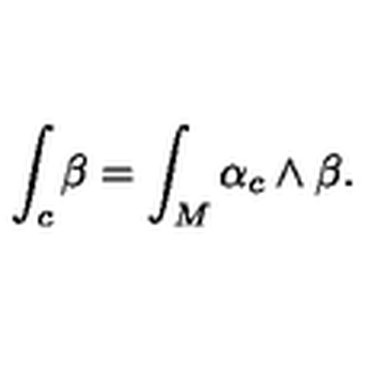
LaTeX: \int _ { c } \beta = \int _ { M } \alpha _ { c } \wedge \beta .